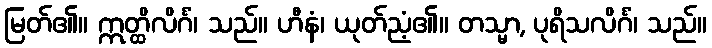
မြတ်၏။ ဣတ္ထိလိင်္ဂံ၊ သည်။ ဟီနံ၊ ယုတ်ညံ့၏။ တသ္မာ, ပုရိသလိင်္ဂံ၊ သည်။